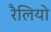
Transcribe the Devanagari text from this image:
रैलियो